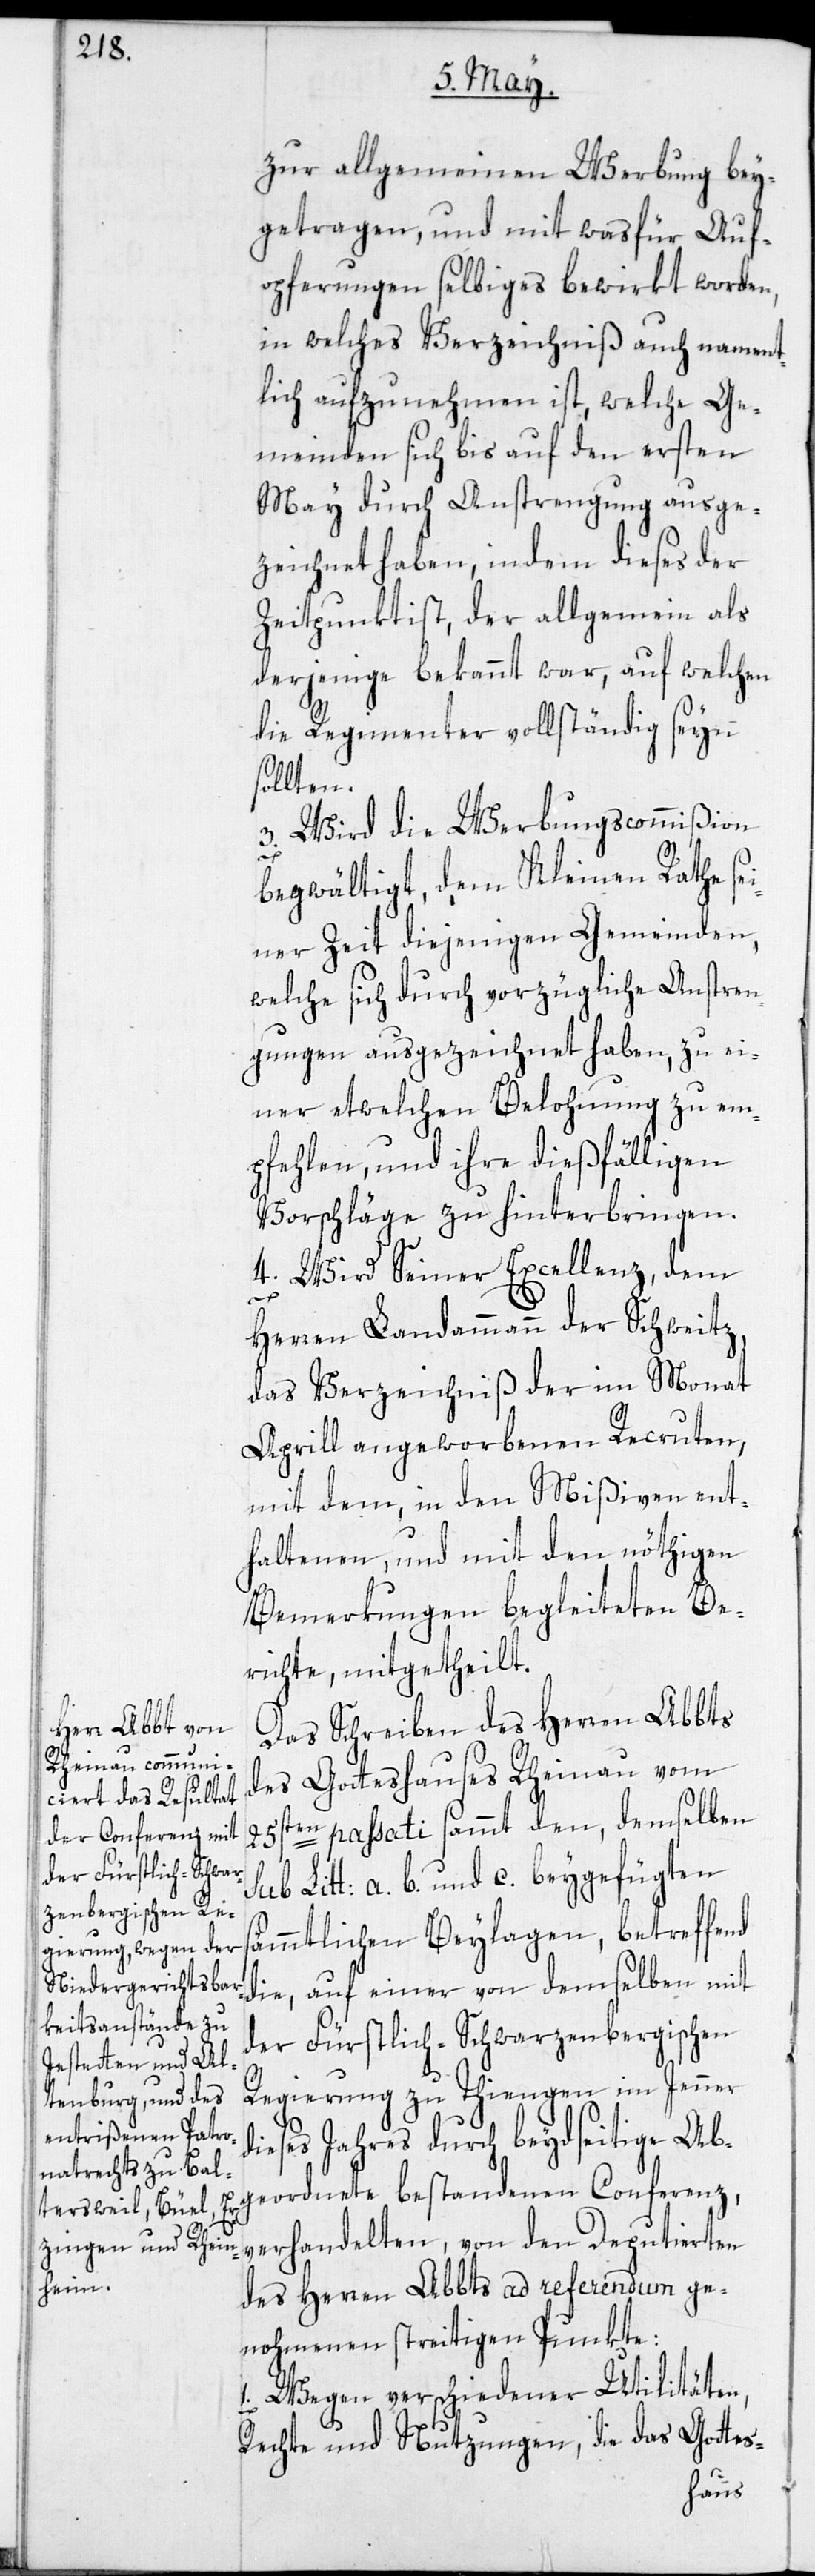
zur allgemeinen Werbung bey¬
getragen, und mit was für Auf¬
opferungen selbiges bewirkt worden,
in welches Verzeichniß auch nament¬
lich aufzunehmen ist, welche Ge¬
meinden sich bis auf den ersten
May durch Anstrengung ausge¬
zeichnet haben, indem dieses der
Zeitpunkt ist, der allgemein als
derjenige bekannt war, auf welchen
die Regimenter vollständig seyn
sollten.
3. Wird die Werbungscommißion
begwältigt, dem Kleinen Rathe se¬
iner Zeit diejenigen Gemeinden,
welche sich durch vorzügliche Anstren¬
gungen ausgezeichnet haben, zu ei¬
ner etwelchen Belohnung zu em¬
pfehlen, und ihre dießfälligen
Vorschläge zu hinterbringen.
4. Wird Seiner Excellenz, dem
Herren Landammann der Schweitz,
das Verzeichniß der im Monat
Aprill angeworbenen Recruten,
mit dem, in den Mißiven ent¬
haltenen, und mit den nöthigen
Bemerkungen begleiteten Be¬
richte, mitgetheilt.
Das Schreiben des Herren Abbts
des Gotteshauses Rheinau vom
25sten passati sammt den, demselben
b. und c. beygefügten
sämmtlichen Beylagen, betreffend
die, auf einer von demselben mit
der Fürstlich-Schwarzenbergischen
Regierung zu Thiengen im Jenner
dieses Jahres durch beydseitige Ab¬
geordnete bestandenen Conferenz,
verhandelten, von den Deputierten
des Herren Abbts ad referendum ge¬
nohmenen streitigen Punkte:
1. Wegen verschiedener Utilitäten,
Rechte und Nutzungen, die das Gottes-